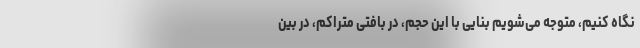
نگاه کنیم، متوجه می‌شویم بنایی با این حجم، در بافتی متراکم، در بین